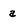
Character: a